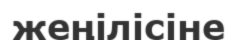
жеңілісіне